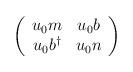
LaTeX: \begin{align*}\left( \begin{array}{cc} u_{0} m & u_{0} b \\ u_{0} b^{\dag} & u_{0} n \end{array} \right)\end{align*}